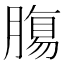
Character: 𮌷